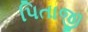
પિતાજી